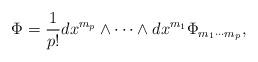
LaTeX: \begin{align*} \Phi = \frac{1}{p!} dx^{m_p} \wedge \cdots \wedge dx^{m_1} \Phi_{m_1\cdots m_p},\end{align*}